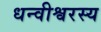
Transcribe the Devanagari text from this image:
धन्वीश्वरस्य